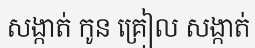
សង្កាត់ កូន គ្រៀល សង្កាត់